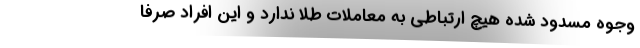
وجوهِ مسدود شده هیچ ارتباطی به معاملات طلا ندارد و این افراد صرفا